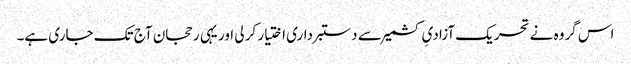
اس گروہ نے تحریک آزادیِ کشمیر سے دستبرداری اختیار کر لی اور یہی رحجان آج تک جاری ہے۔